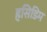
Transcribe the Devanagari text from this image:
हसिडिम